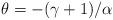
LaTeX: \begin{align*}\theta = - (\gamma + 1 ) / \alpha\end{align*}